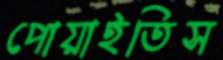
পোয়াইতিস